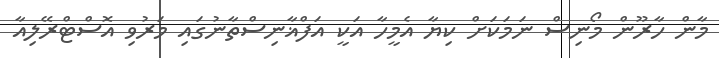
މާން ހާރޫން މޯނިސް ނަމަކަށް ކިޔާ އެމީހާ އަކީ އަފްޣާނިސްތާނުގައި މަރުވި އޮސްޓްރޭލިއާ